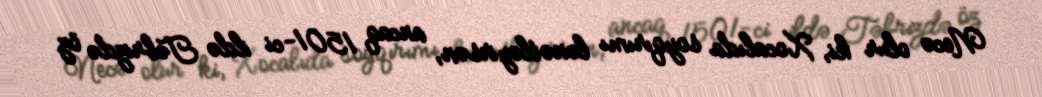
Necə olur ki, Xocalıda soyqırımı lənətləyirsən, ancaq 1501-ci ildə Təbrizdə öz